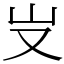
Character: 𠬢